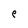
Character: l